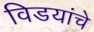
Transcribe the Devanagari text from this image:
विडयांचे